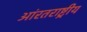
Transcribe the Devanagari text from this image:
आंरतराष्ट्रीय